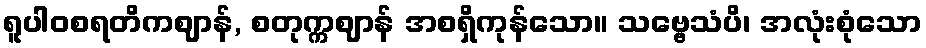
ရူပါဝစရတိကဈာန်, စတုက္ကဈာန် အစရှိကုန်သော။ သဗ္ဗေသံပိ၊ အလုံးစုံသော